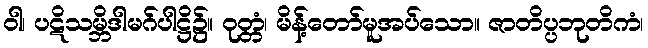
ဝါ၊ ပဋိသမ္ဘိဒါမဂ်ပါဋ္ဌိ၌။ ဝုတ္တံ၊ မိန့်တော်မူအပ်သော။ ဇာတိပ္ပဘုတိကံ၊